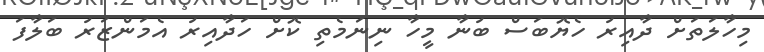
މިހާލަތަށް ދާއިރު ހެޔޮބަސް ބުނާ މީހާ ނިނަމެތި ކޮށް ހަދާއިރު އެމަންޒަރު ބަލާފަ